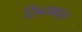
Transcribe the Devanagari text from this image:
सिन्फ्युल